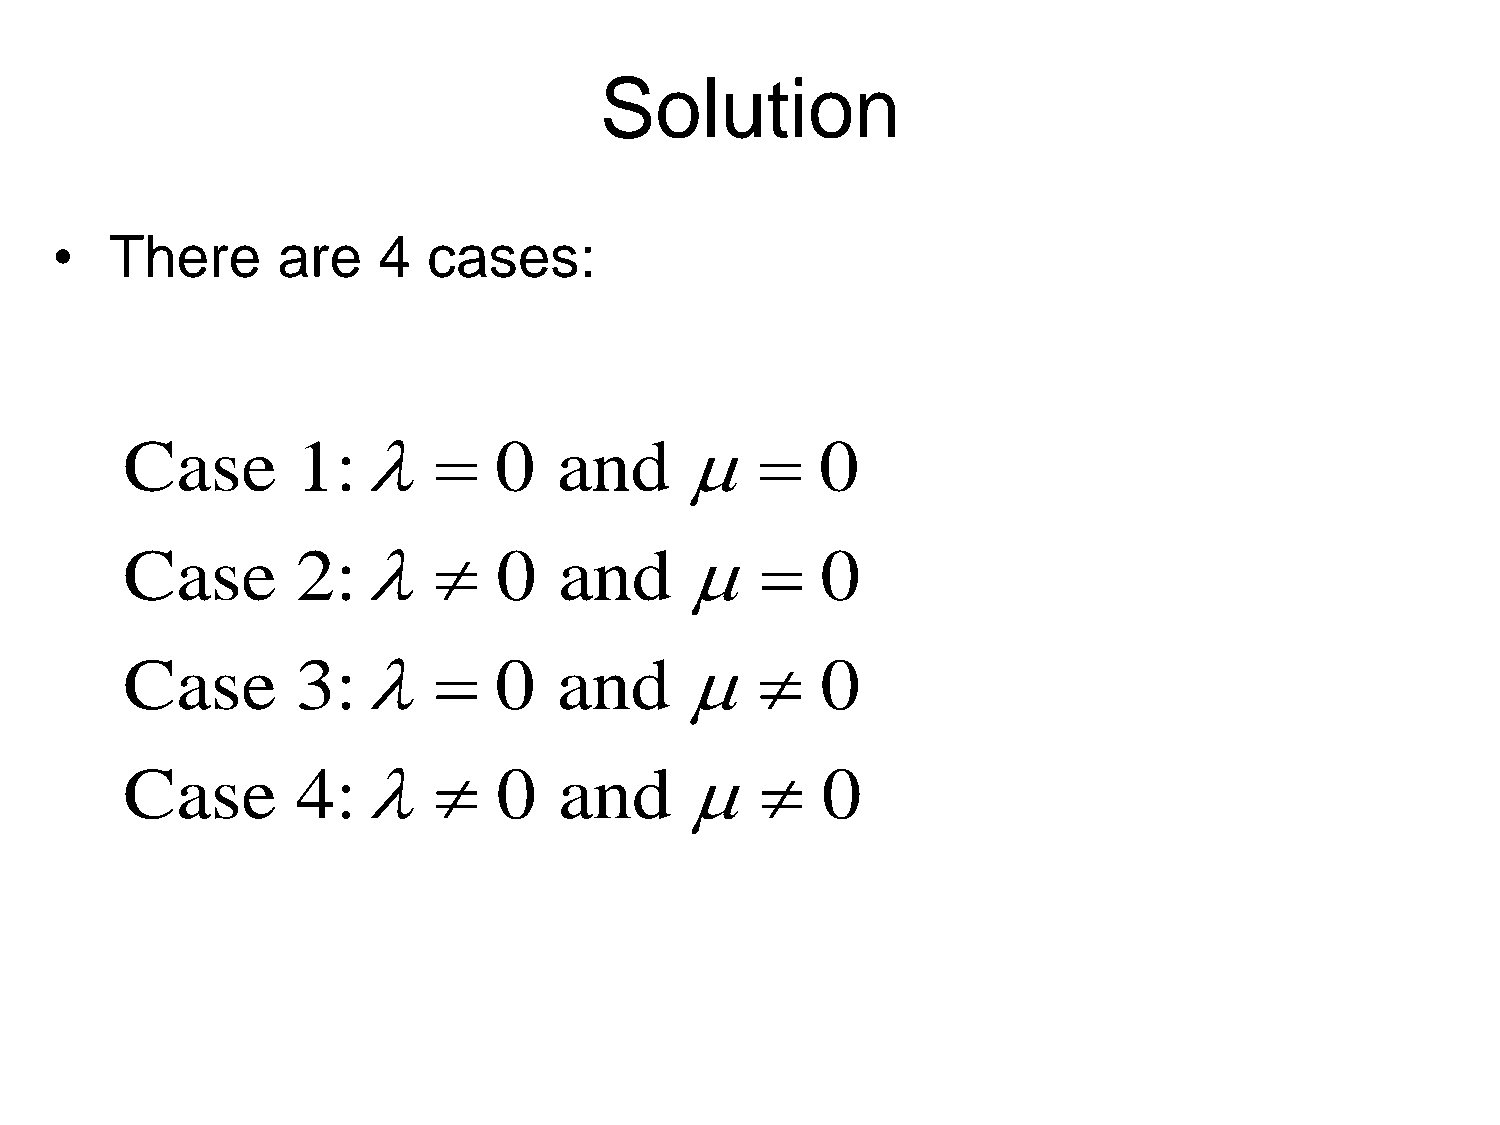
Solution
 •   There      are    4  cases:
 Case        1:         0   and            0
 Case        2:         0   and            0
 Case        3:         0   and            0
 Case        4:         0   and            0